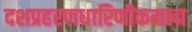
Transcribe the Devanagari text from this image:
दशप्रहरणधारिणीकमला